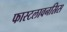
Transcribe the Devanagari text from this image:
फास्टलावनस्रिस